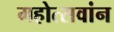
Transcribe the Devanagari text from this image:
महोत्सवांन